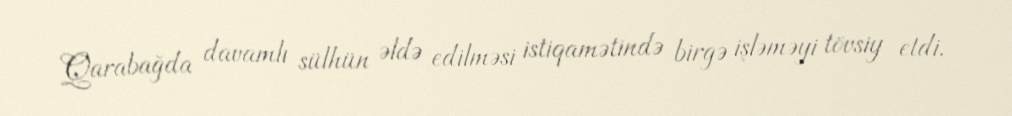
Qarabağda davamlı sülhün əldə edilməsi istiqamətində birgə işləməyi tövsiy etdi.